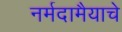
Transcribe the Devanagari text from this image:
नर्मदामैयाचे